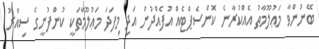
ބޭނުންވާ މަޢުލޫމާތު އެއްކުރާނެ ކޮންސެޕްޓެއް އުފެއްދުން އަދި މިފަދަ މަޢުލޫމާތަކީ ކުންފުނީގެ ސިއްރު